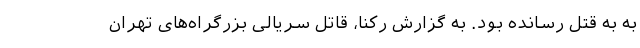
به به قتل رسانده بود. به گزارش رکنا، قاتل سریالی بزرگراه‌های تهران